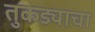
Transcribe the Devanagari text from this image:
तुकड्याचा